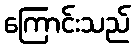
ကြောင်းသည်